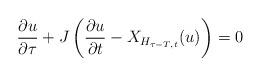
LaTeX: \begin{align*}\frac{\partial u}{\partial \tau}+J\left(\frac{\partial u}{\partial t} - X_{H_{\tau-T,t}}(u)\right) = 0\end{align*}